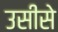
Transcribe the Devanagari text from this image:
उसीसे